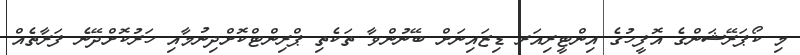
މި ކޯޕަރޭޝަންގެ އޮފީހުގެ އިންޓީރިއަރ ޑިޒައިނަށް ބޭނުންވާ ތަކެތި ޕްރިންޓްކޮށްދިނުމާއި ހަރުކޮށްދޭނެ ފަރާތެއް